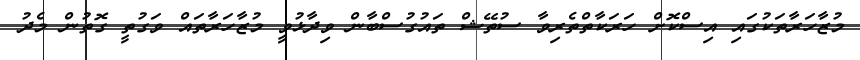
މުޒާހަރާތަކުގައި އިސްކޮށް ހަރަކާތްތެރިވާ ސުތޭޝް ތައުގުސްބާން ވިދާޅުވީ މުޒާހަރާތައް ވަގުތީ ގޮތުން މެދު